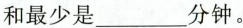
和最少是_______分钟。